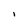
Character: l